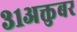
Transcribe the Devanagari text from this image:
३१अक्तुबर